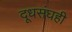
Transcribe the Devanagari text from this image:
दूधसंघही